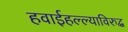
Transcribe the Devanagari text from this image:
हवाईहल्ल्याविरुद्ध